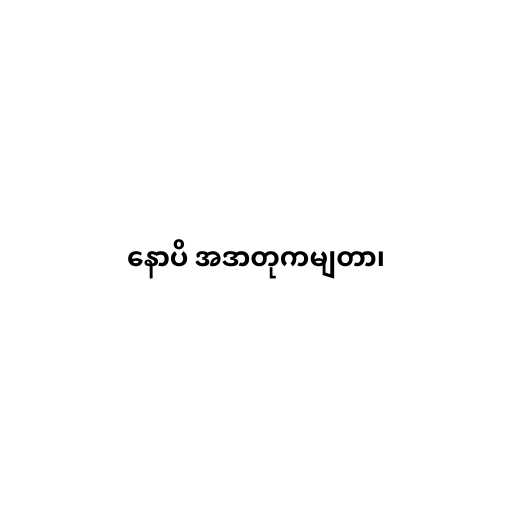
နောပိ အဒာတုကမျတာ၊